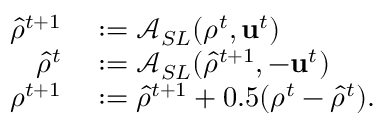
\begin{array} { r l } { \hat { \rho } ^ { t + 1 } } & { { } : = \mathcal { A } _ { S L } ( \rho ^ { t } , \mathrm { \mathbf { u } } ^ { t } ) } \\ { \hat { \rho } ^ { t } } & { { } : = \mathcal { A } _ { S L } ( \hat { \rho } ^ { t + 1 } , - \mathrm { \mathbf { u } } ^ { t } ) } \\ { \rho ^ { t + 1 } } & { { } : = \hat { \rho } ^ { t + 1 } + 0 . 5 ( \rho ^ { t } - \hat { \rho } ^ { t } ) . } \end{array}